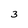
Character: 3